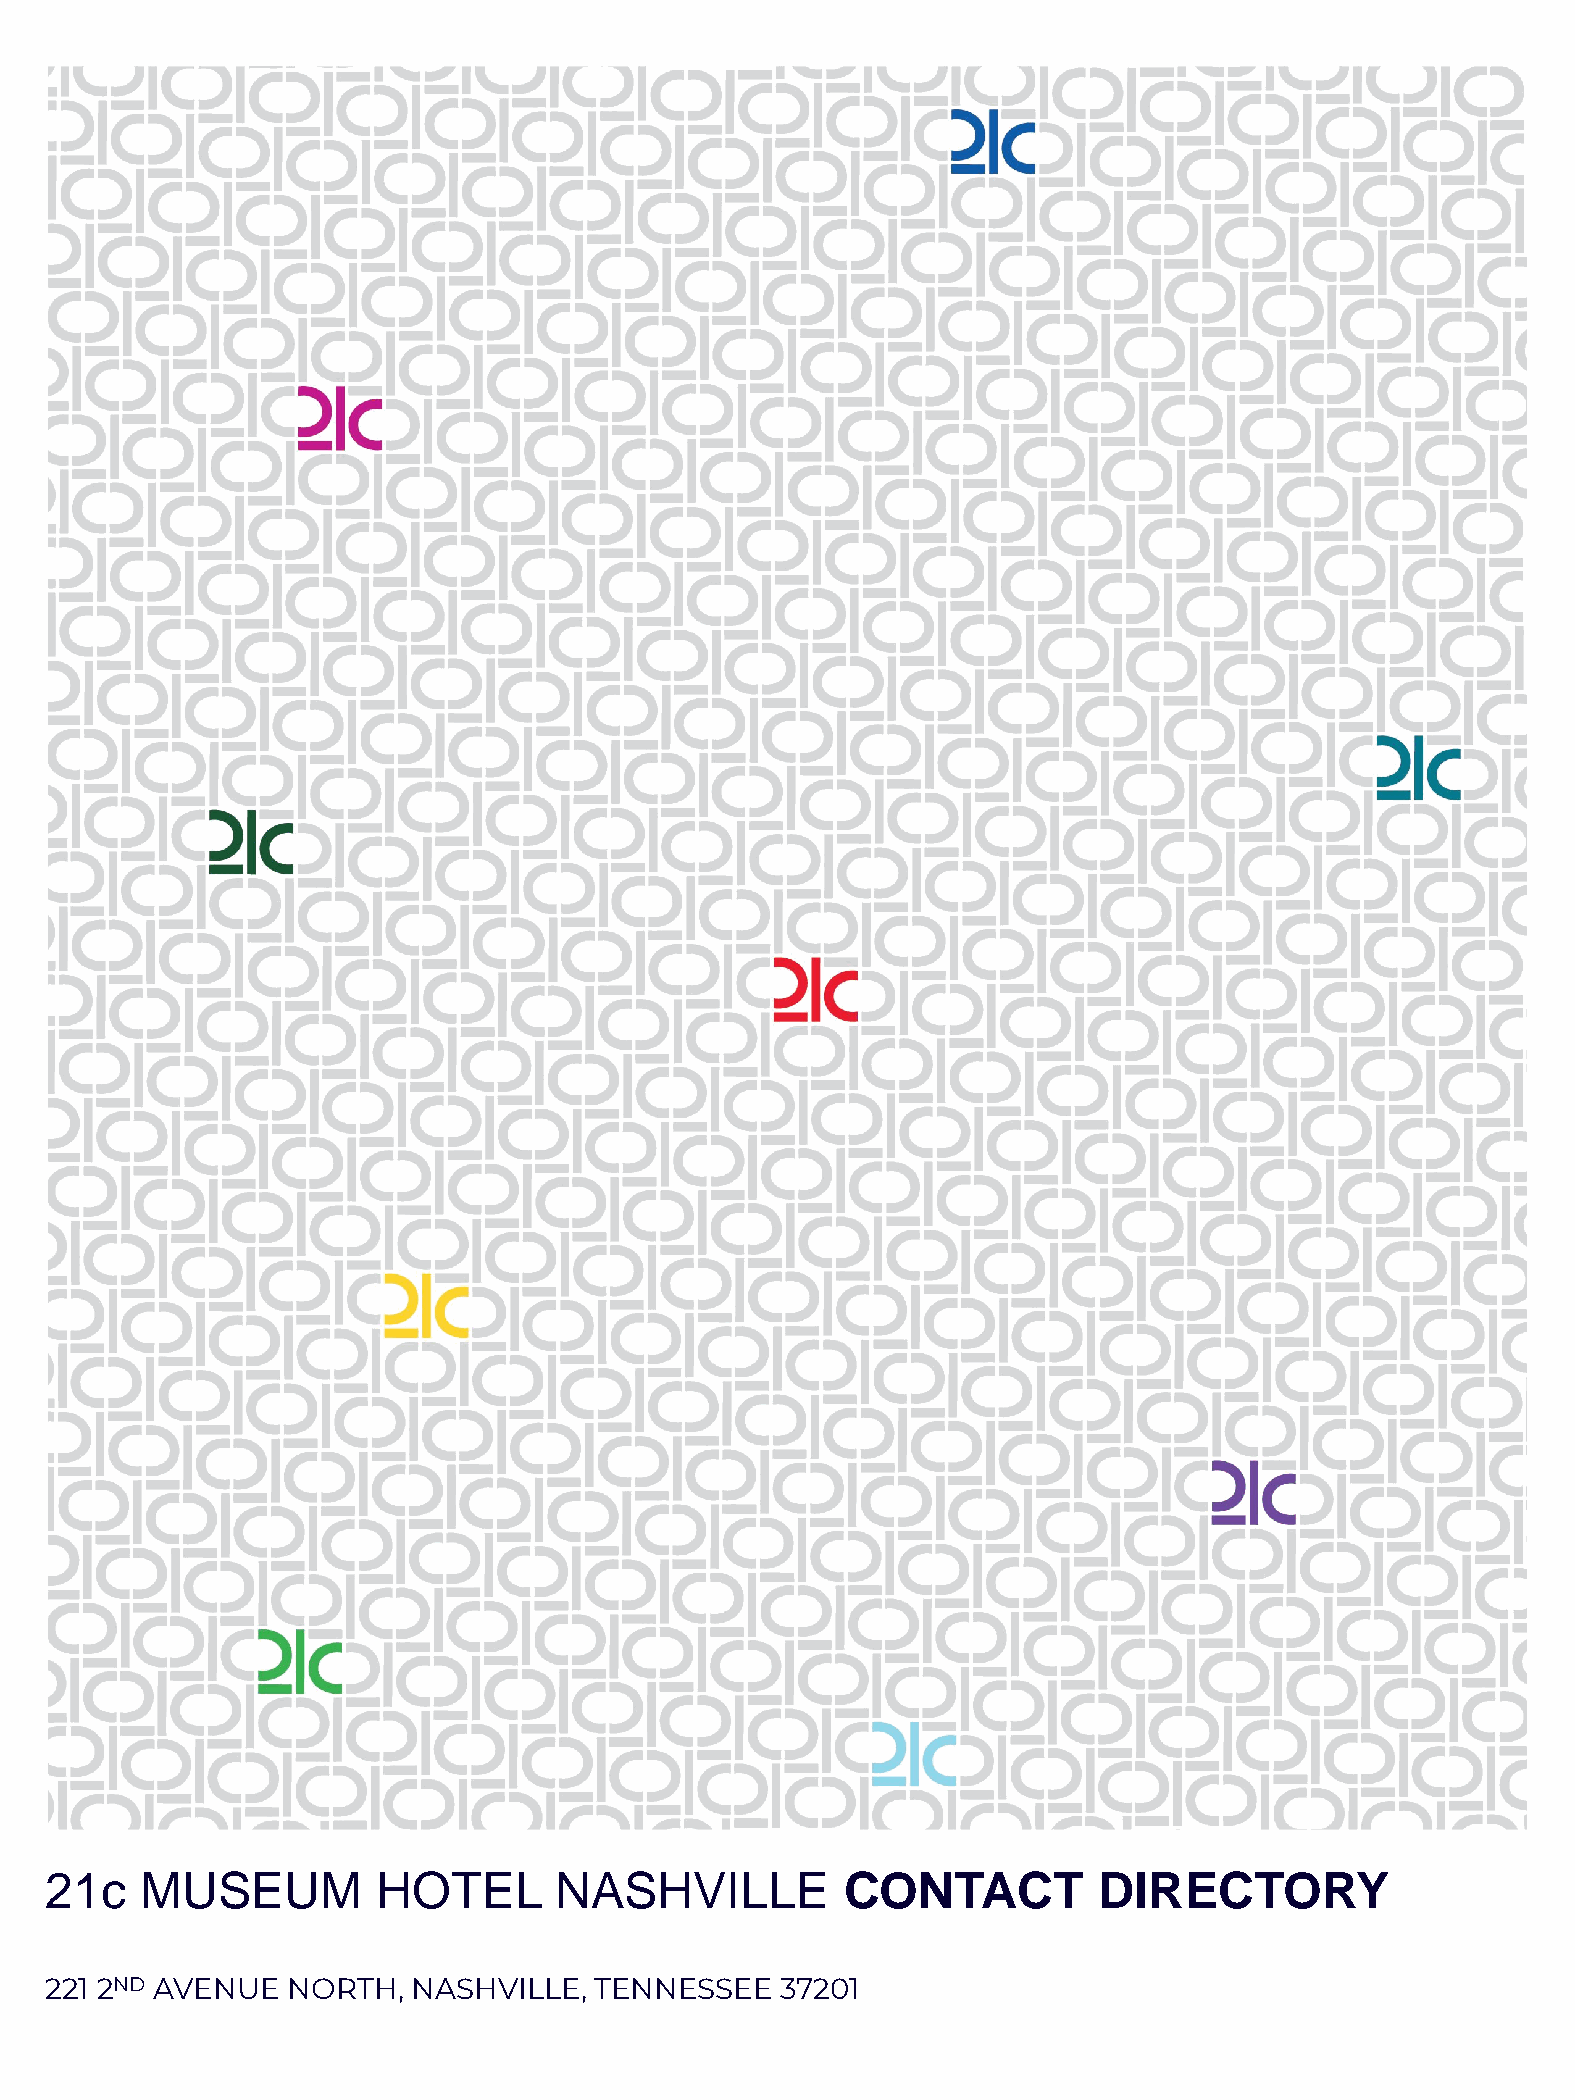
21c   MUSEUM          HOTEL       NASHVILLE          CONTACT          DIRECTORY
 221 2ND AVENUE  NORTH,  NASHVILLE,  TENNESSEE    37201